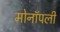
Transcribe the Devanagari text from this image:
मोनॉपली